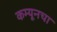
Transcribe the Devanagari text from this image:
कम्यूनचा